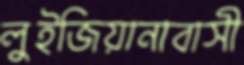
লুইজিয়ানাবাসী